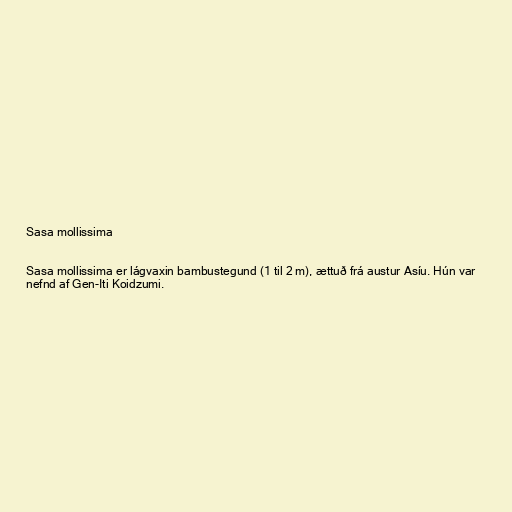
Sasa mollissima

Sasa mollissima er lágvaxin bambustegund (1 til 2 m), ættuð frá austur Asíu. Hún var
nefnd af Gen-Iti Koidzumi.